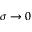
\sigma \to 0